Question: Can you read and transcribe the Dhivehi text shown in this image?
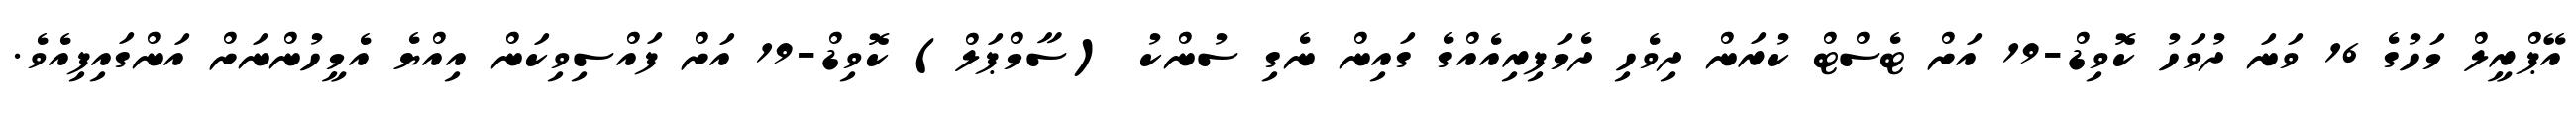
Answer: އޭޕްރީލް މަހުގެ 16 ވަނަ ދުވަހު ކޮވިޑް-19 އަށް ޓެސްޓް ކުރަން ދިވެހި ދެމަފިރިއެއްގެ ގައިން ނެގި ސުންކު (ސާމްޕަލް) ކޮވިޑް-19 އަށް ފައްސިވިކަން އިއްޔެ އެމީހުންނަށް އަންގައިފިއެވެ.